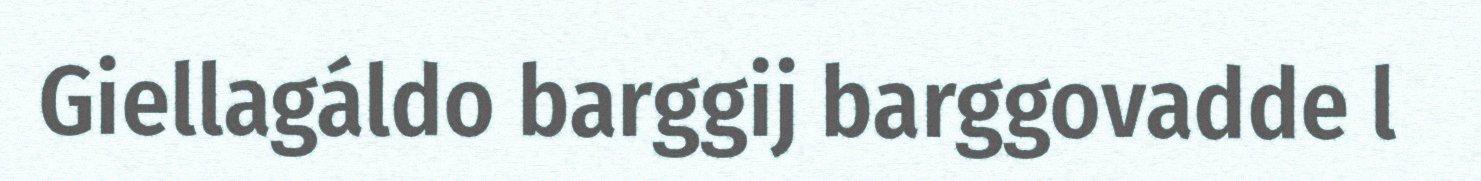
Giellagáldo barggij barggovadde l